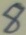
Text: 8